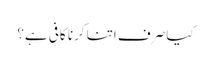
کیا صرف اتنا کرنا کافی ہے؟